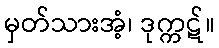
မှတ်သားအံ့၊ ဒုက္ကဋ်။